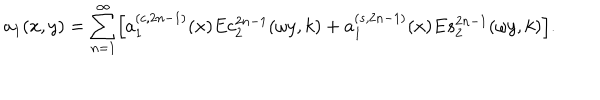
a _ { 1 } ( x , y ) = \sum _ { n = 1 } ^ { \infty } \Bigl [ a _ { 1 } ^ { ( c , 2 n - 1 ) } ( x ) E c _ { 2 } ^ { 2 n - 1 } ( \omega y , k ) + a _ { 1 } ^ { ( s , 2 n - 1 ) } ( x ) E s _ { 2 } ^ { 2 n - 1 } ( \omega y , k ) \Bigr ] .